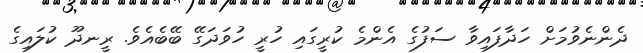
ދެންނެވުމަށް ހަދާފައިވާ ސަފުގެ އެންމެ ކުރީގައި ހުރީ ހުވަދަގޭ ބޭބެއެވެ. ރީނދޫ ކުލައިގެ